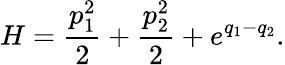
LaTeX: H=\frac{p_{1}^{2}}{2}+\frac{p_{2}^{2}}{2}+e^{q_{1}-q_{2}}.